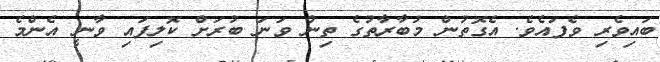
ބައިވެރި ވެފައެވެ. އެގޮތުން މުބާރާތުގެ ތިން ވަނަ ބުރަށް ކޮލިފައި ވާނީ އެންމެ